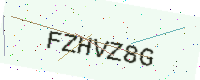
Text: FZHVZ8G